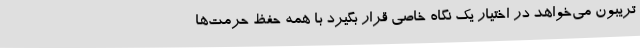
تریبون می‌خواهد در اختیار یک نگاه خاصی قرار بگیرد با همه حفظ حرمت‌ها